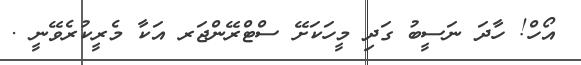
އޯހް! ހާދަ ނަސީބު ގަދި މީހަކަށޭ ސްޓްރޭންޖަރ އަކާ މެރީކުރެވޭނީ .